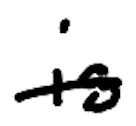
Text: is
Cross-out: single-line
Writing tool: digital_black